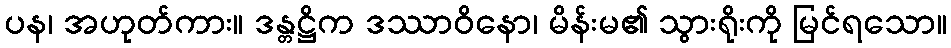
ပန၊ အဟုတ်ကား။ ဒန္တဋ္ဌိက ဒဿာဝိနော၊ မိန်းမ၏ သွားရိုးကို မြင်ရသော။